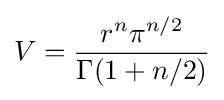
V={\frac {r^{n}\pi ^{n/2}}{\Gamma (1+n/2)}}